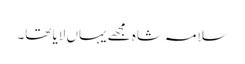
سلامہ شاہ مجھے یہاں لایا تھا۔